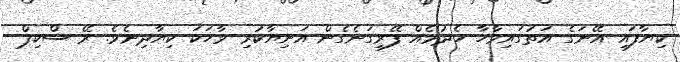
ކިޔާފައި އޭނަގެ އަތުގައިވާހާ ހެދުމެއް ފޭރިގަނެގެން އަނިޔާކުރި ވާހަކަ ކިޔާދިނެވެ. ރޭ ސްކިޕް